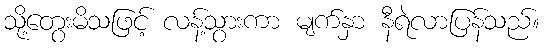
သို့တွေးမိသဖြင့် လန့်သွားကာ မျက်နှာ နီရဲလာပြန်သည်။